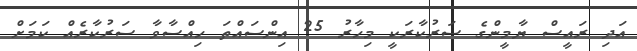
އަދި ރައީސް ޔާމީންގެ ސަރުކާރަކީ މިހާރު 25 އިންސައްތަ ހިއްސާވާ ސަރުކާރެއް ކަމަށް